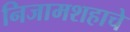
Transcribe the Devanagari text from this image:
निजामशहाचे